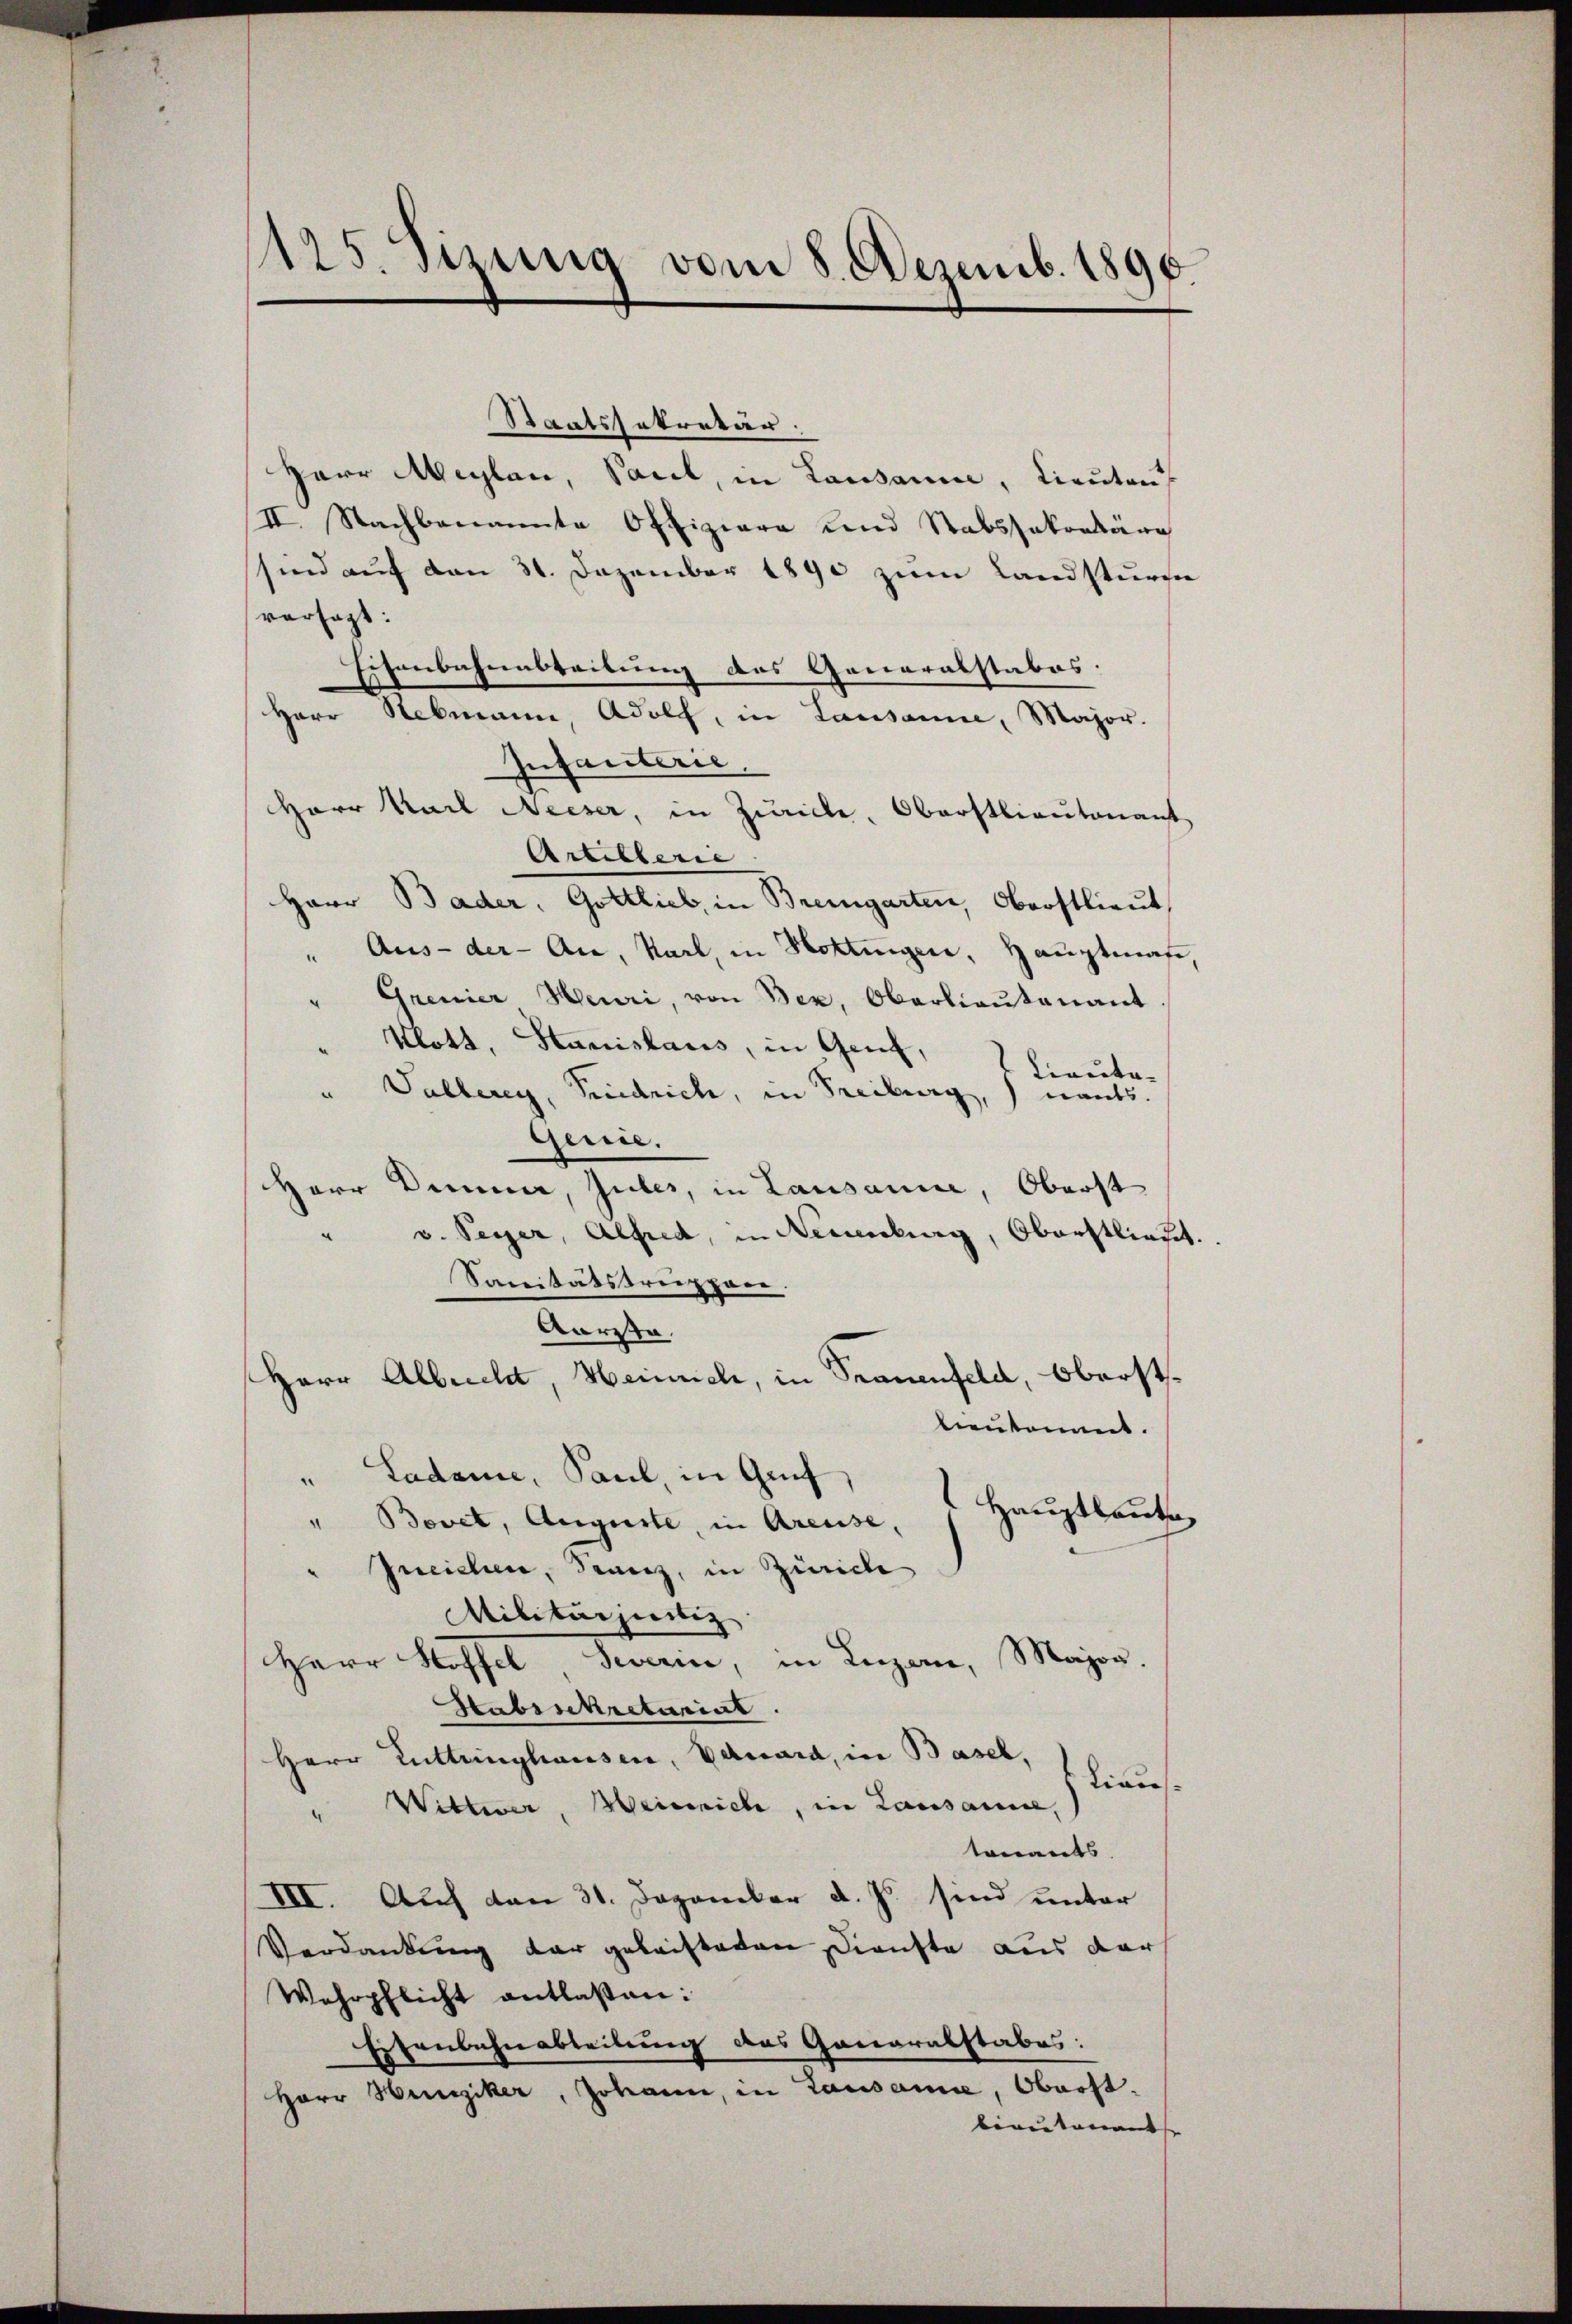
s
is. anzung vom 8. Dezemb. 1896.

Staatssekretär:
Herr Meylan, Paul, in Lausanne, Lieuten
II. Nachbenannte Offiziara und Stabssakorläng
sind auf den 31. Dezember 1890 zum Landsturze
versagt:
Eisenbahnabteilung des Generalstabes.
Herr Rebmann, Adolch, in Lausanne, Major.
Infanterie
Herr Karl Neeser, in Zürich, Oberstlieutenant
Artillerie
Herr Bader, Gottlieb, in Bremgarten, Oberstlieut
" Aus- der - Au, Karl, in Hottingen, Hauptman
Gremier Heuri, von Bez, Oberlieutenant
Kott, Stanislaus, in Genf,
Lieute¬
Vallerey, Friedrich, in Freiburg,
nants.
gerie.
Herr Demme, Guber, in Lausanne, Oberst
" v. Peyer, Alfred, in Neuenburg, Oberstlieut.
Sanitätstrieppare.
Aarita
Herr Albrecht, Heinrich, in Trauenfeld, Oberstlieutenant.
Ladame, Paul, in Genf
“
Hauptbaute
" Bovet, Auguste, in Areuse,
Ineichen, Franz, in Zürich
Militärjierig
Major.
Herr Hoffel Severin, in Luzern,
Stabssekretarial.
Herr Luttringhausen, Eduard, in Basel,
tiaus
" Wittwer, Heinrich, in Lausanne,
tonants.
III. Auf den 31. Dezember d. Js. sind unter
Verdankung der geleisteten Dienste aus der
Wehrpflicht entlaßen:
Eisenbahnabteilung des Gonaralstabes:
¬
Herr Hunziker, Johann, in Lausanne, Oberst
bereitenant |